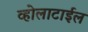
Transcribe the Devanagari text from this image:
व्होलाटाईल